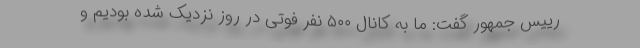
رییس جمهور گفت: ما به کانال ۵۰۰ نفر فوتی در روز نزدیک شده بودیم و